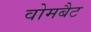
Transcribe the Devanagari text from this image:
वोमबैट